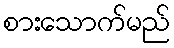
စားသောက်မည်